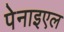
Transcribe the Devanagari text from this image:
पेनाइएल